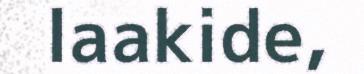
laakide,